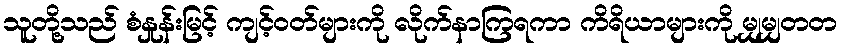
သူတို့သည် စံနှုန်းမြင့် ကျင့်ဝတ်များကို လိုက်နာကြရကာ ကိရိယာများကို မျှမျှတတ